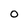
Character: 0